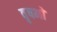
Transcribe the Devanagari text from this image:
वृषभों